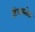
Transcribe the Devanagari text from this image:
हिचकोक